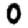
Digit: 0